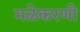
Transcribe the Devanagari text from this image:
मळेकरणी